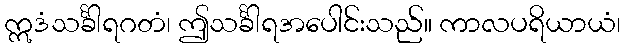
ဣဒံသင်္ခါရဂတံ၊ ဤသင်္ခါရအပေါင်းသည်။ ကာလပရိယာယံ၊